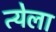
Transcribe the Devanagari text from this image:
त्येला